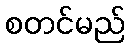
စတင်မည်